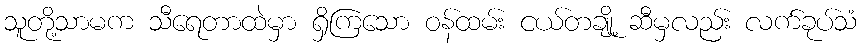
သူတို့သာမက သီရေတာထဲမှာ ရှိကြသော ဝန်ထမ်း ငယ်တချို့ ဆီမှလည်း လက်ခုပ်သံ